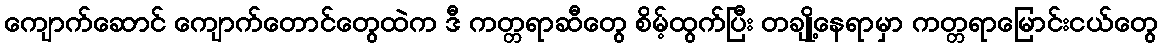
ကျောက်ဆောင် ကျောက်တောင်တွေထဲက ဒီ ကတ္တရာဆီတွေ စိမ့်ထွက်ပြီး တချို့နေရာမှာ ကတ္တရာမြောင်းငယ်တွေ